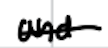
Text: and
Cross-out: single-line
Writing tool: digital_black